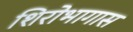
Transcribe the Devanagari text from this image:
शिरोभागास